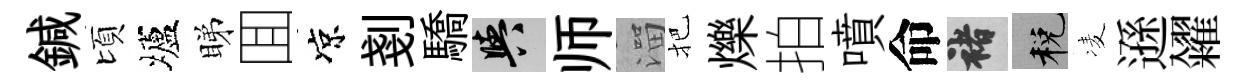
鍼頃壚睇囬凉剗驕阳师溜把爍拍噴命褚税凌遜糴